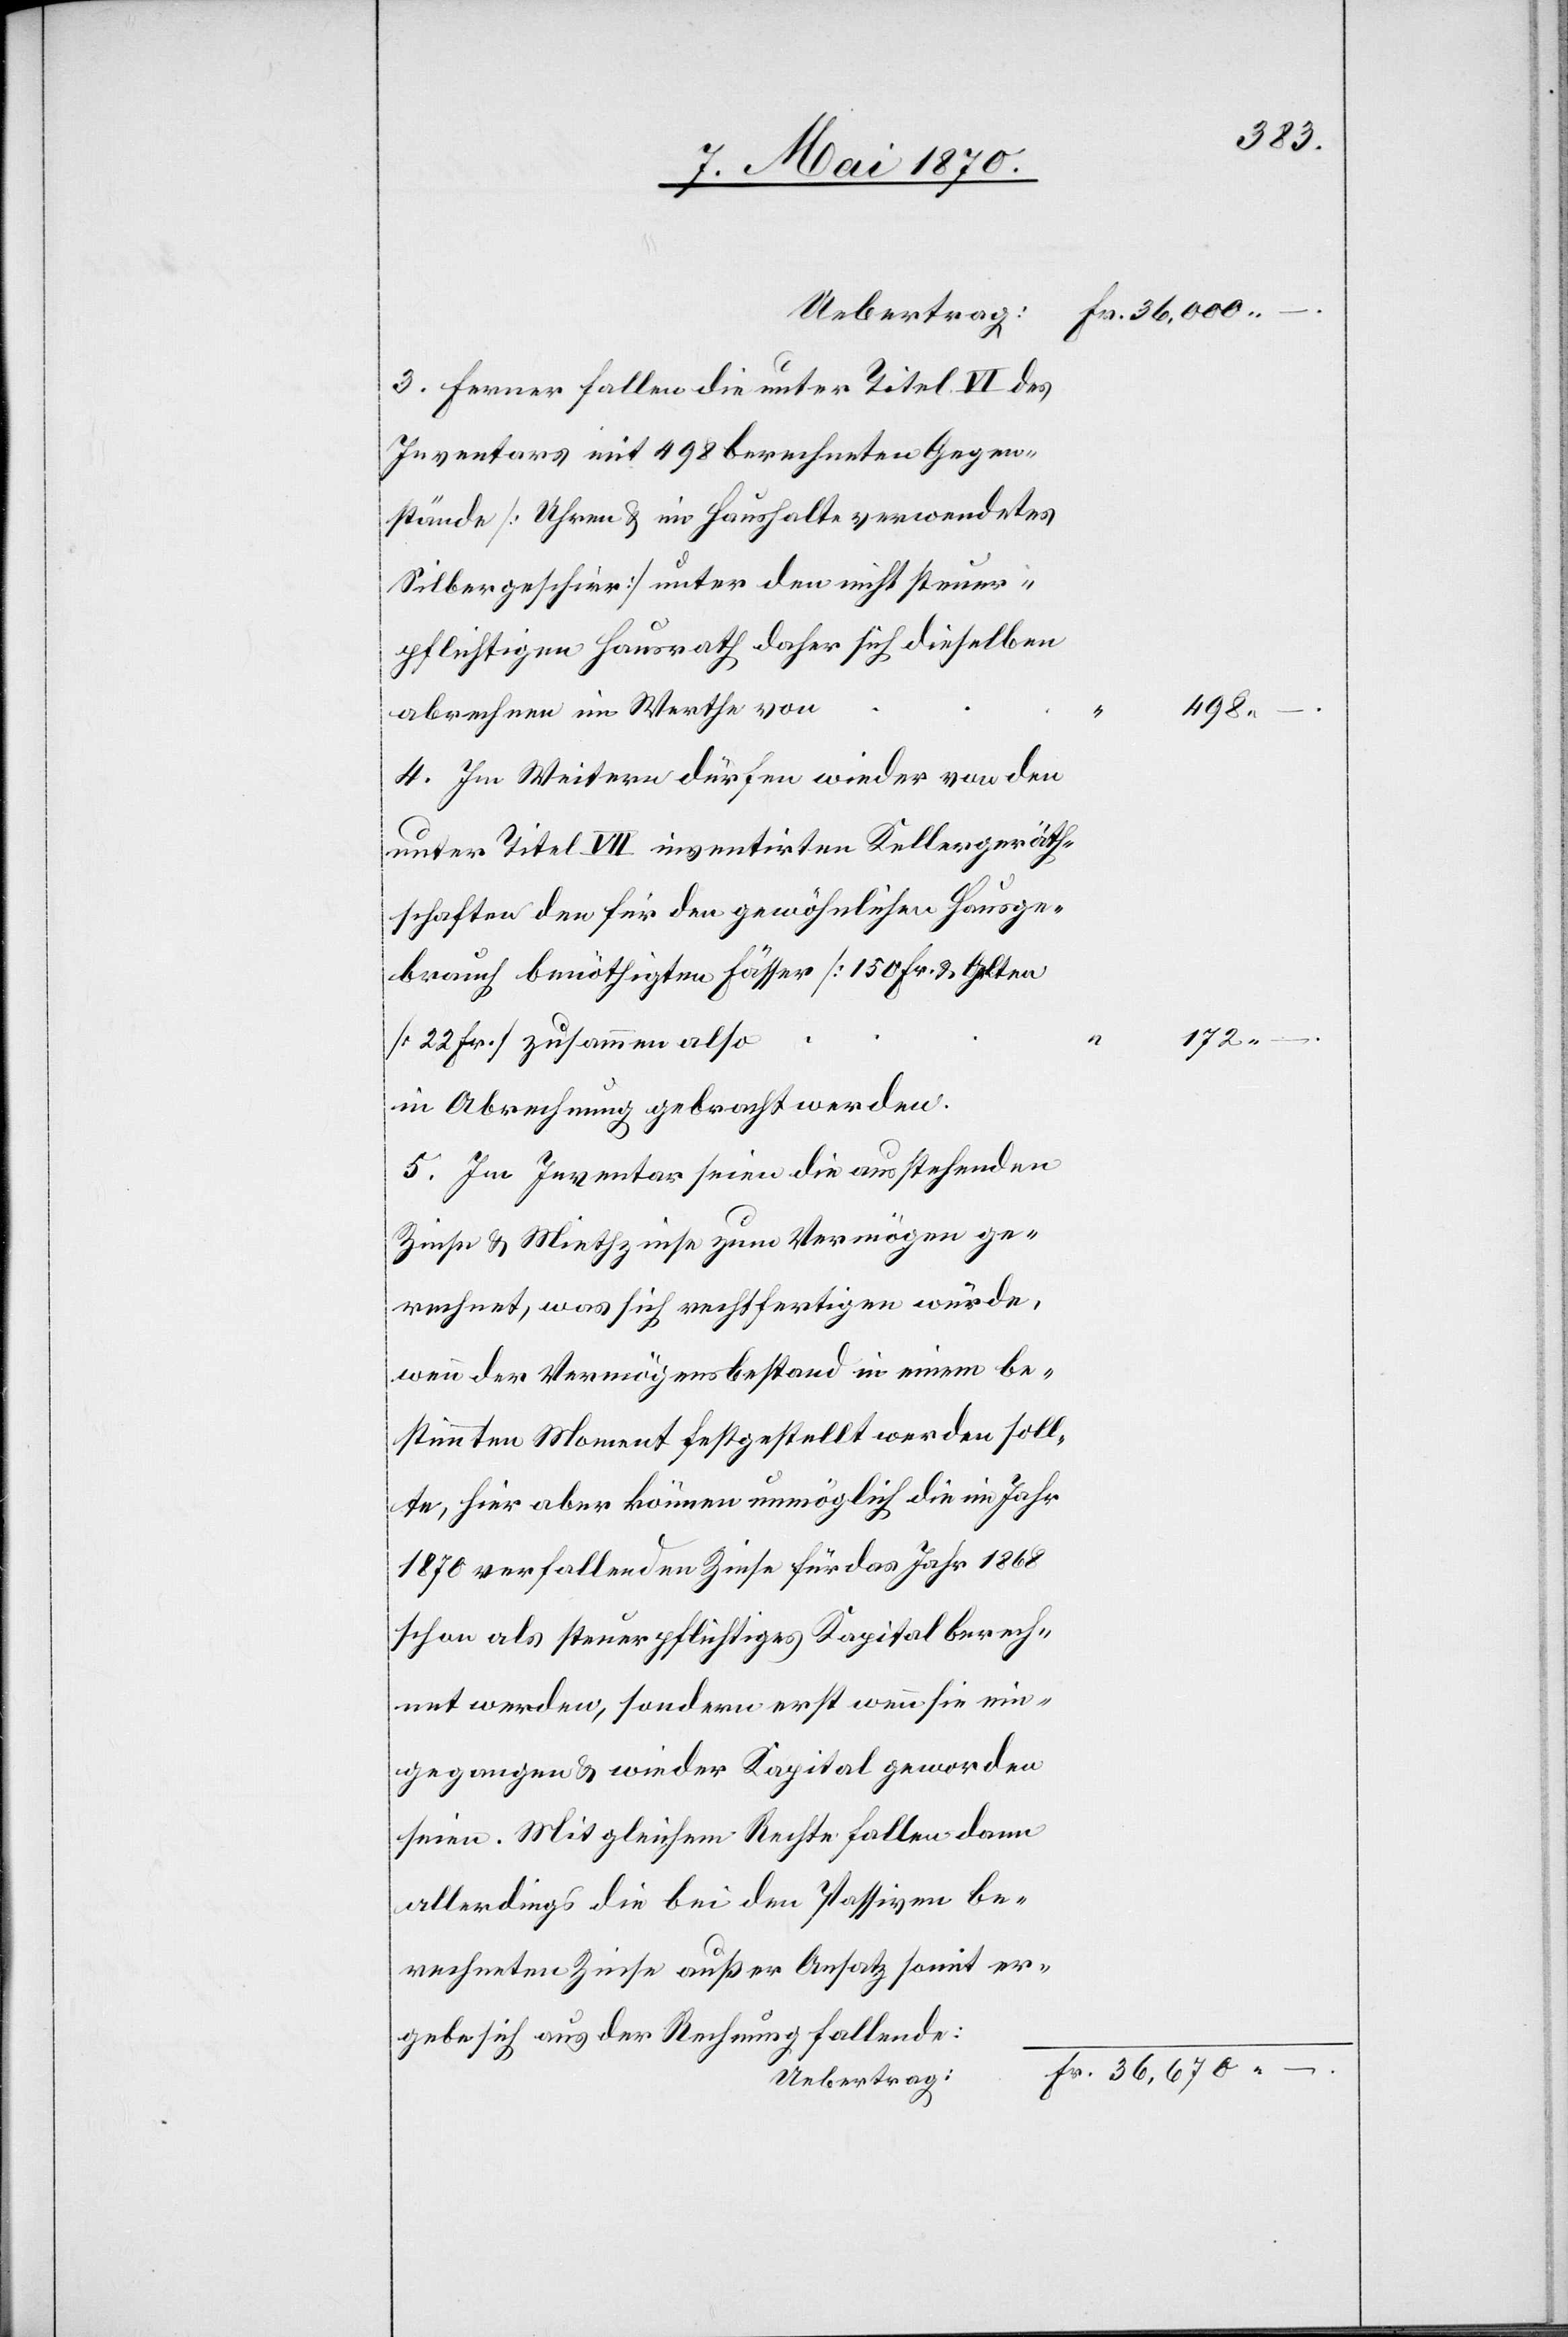
Uebertrag:
3. Ferner fallen die unter Titel VI des
Inventars mit 498 berechneten Gegen¬
stände [Uhren & im Haushalte verwendetes
Silbergeschirr] unter den nicht steuer¬
pflichtigen Hausrath[,] daher sich dieselben
4. Im Weitern dürfen wieder von den
unter Titel VII inventirten Kellergeräth¬
schaften den für den gewöhnlichen Hausge¬
brauch benöthigten Fässer [150 Fr.[]] & Gelten
[22 Fr.] zusammen also
in Abrechnung gebracht werden.
5. Im Inventar seien die ausstehenden
Zinse & Miethzinse zum Vermögen ge¬
rechnet, was sich rechtfertigen würde,
wenn der Vermögensbestand in einem be¬
stimmten Moment festgestellt werden soll¬
te, hier aber können unmöglich die im Jahr
1870 verfallenden Zinse für das Jahr 1868
schon als steuerpflichtiges Kapital berech¬
net werden, sondern erst wenn sie ein¬
gegangen & wieder Kapital geworden
seien. Mit gleichem Rechte fallen dann
allerdings die bei den Passiven be¬
rechneten Zinse außer Ansatz somit er¬
gebe sich aus der Rechnung fallende:

498.
172. –